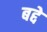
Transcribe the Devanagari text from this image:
बद्दे